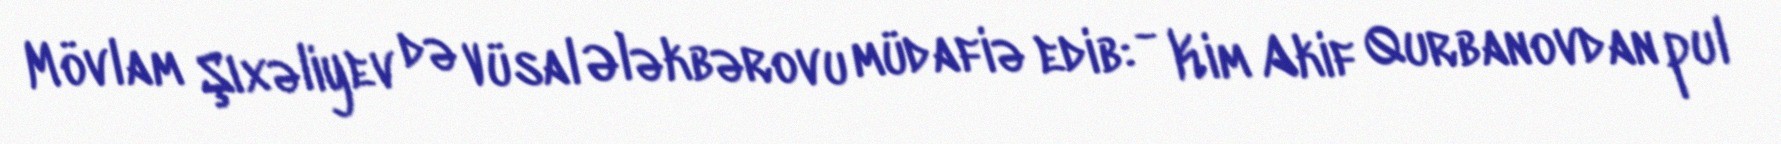
Mövlam Şıxəliyev də Vüsal Ələkbərovu müdafiə edib: - Kim Akif Qurbanovdan pul